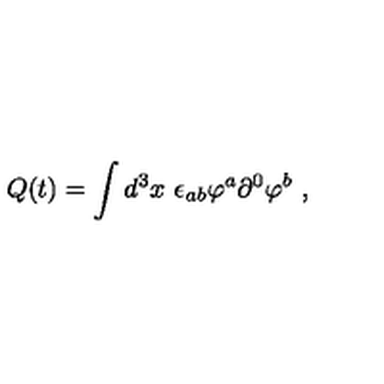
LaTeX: Q ( t ) = \int d ^ { 3 } x \ \epsilon _ { a b } \varphi ^ { a } \partial ^ { 0 } \varphi ^ { b } \ ,